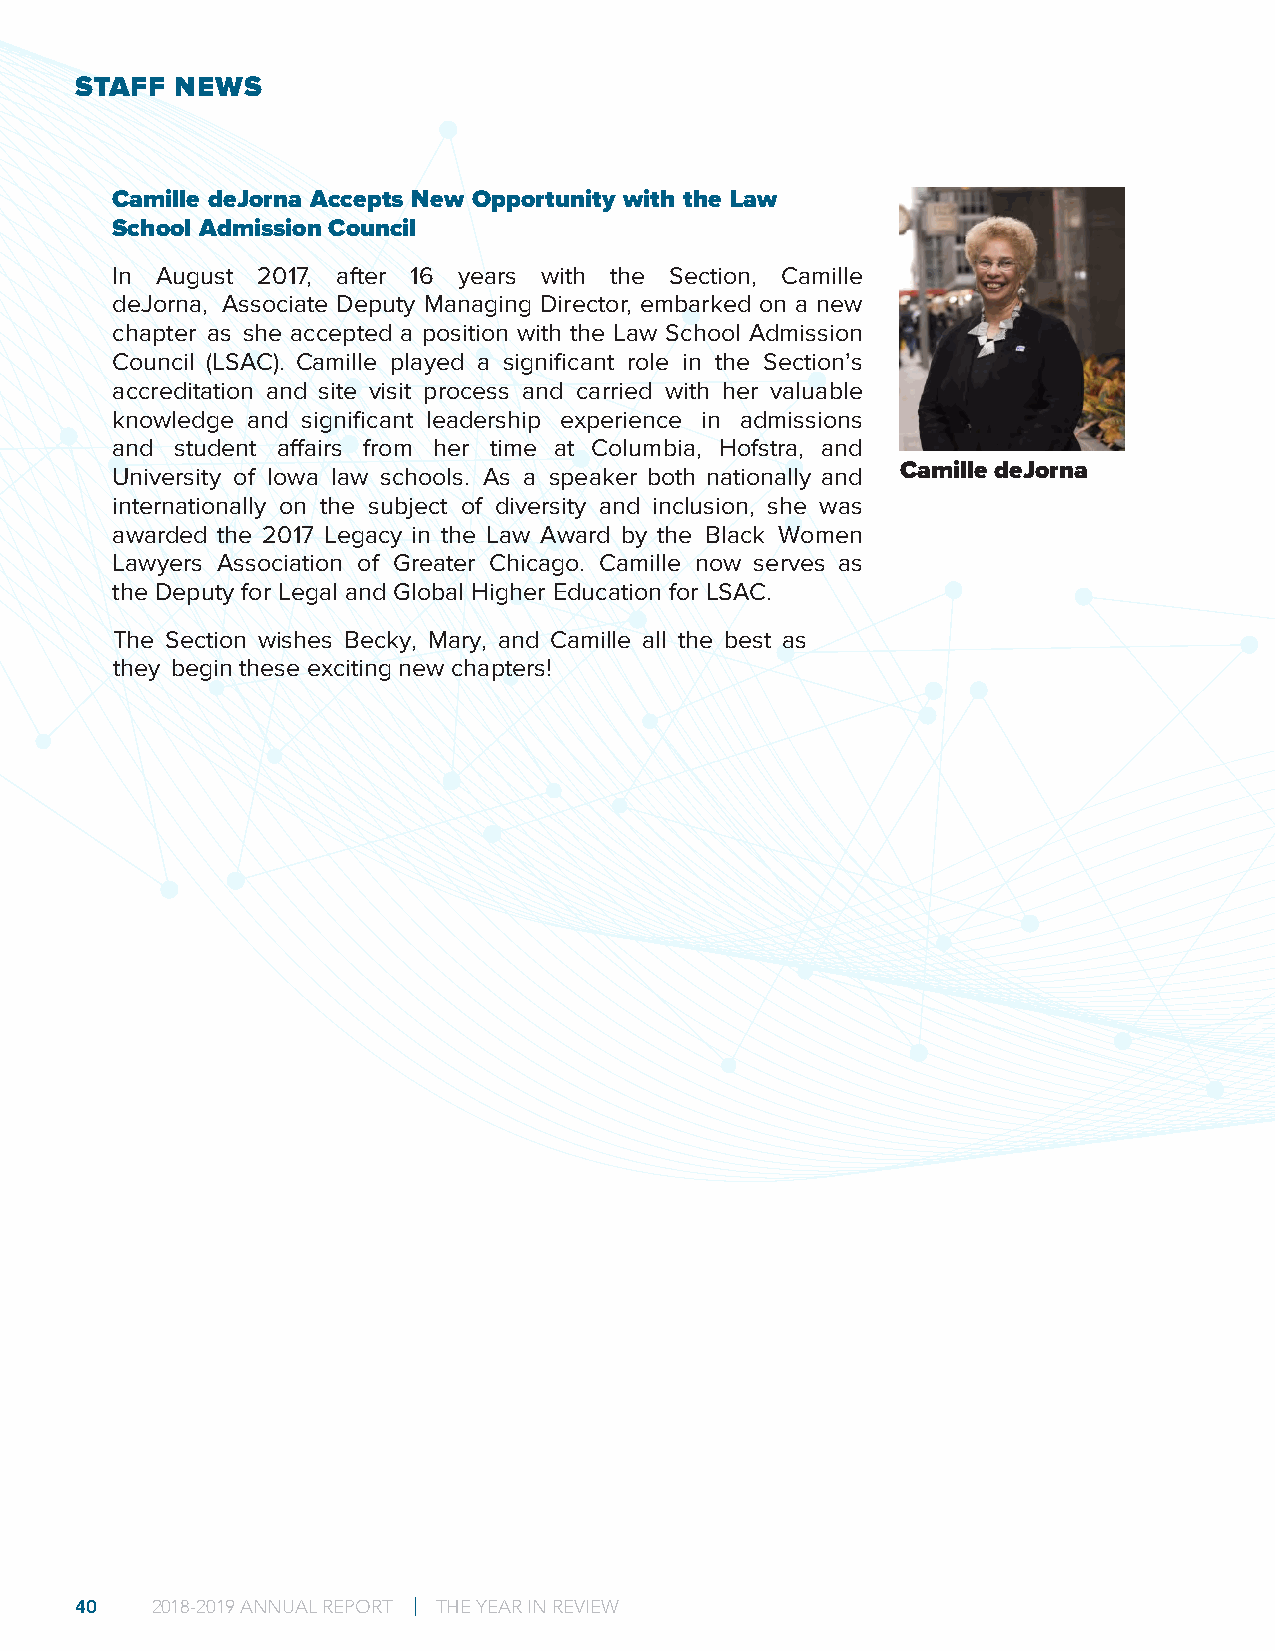
STAFF  NEWS
 Camille deJorna Accepts New Opportunity with the Law
 School Admission Council
 In August 2017, after 16 years with the Section, Camille
 deJorna, Associate Deputy Managing Director, embarked on a new
 chapter as she accepted a position with the Law School Admission
 Council (LSAC). Camille played a significant role in the Section’s
 accreditation and site visit process and carried with her valuable
 knowledge and significant leadership experience in admissions
 and  student affairs from her time at Columbia, Hofstra, and
 Camille deJorna
 University of Iowa law schools. As a speaker both nationally and
 internationally on the subject of diversity and inclusion, she was
 awarded the 2017 Legacy in the Law Award by the Black Women
 Lawyers Association of Greater Chicago. Camille now serves as
 the Deputy for Legal and Global Higher Education for LSAC.
 The Section wishes Becky, Mary, and Camille all the best as
 they begin these exciting new chapters!
 40   2018-2019 ANNUAL REPORT | THE YEAR IN REVIEW